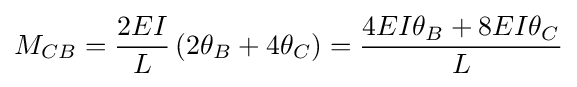
M_{CB}={\frac {2EI}{L}}\left(2\theta _{B}+4\theta _{C}\right)={\frac {4EI\theta _{B}+8EI\theta _{C}}{L}}